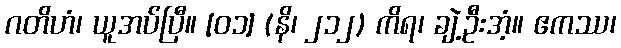
ဂတိဟံ၊ ယူအပ်ပြီ။ [၀၁] (နိ၊ ၂၁၂) ကိရ၊ ချဲ့ဦးအံ့။ ဧကဿ၊